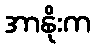
အာနိုးက